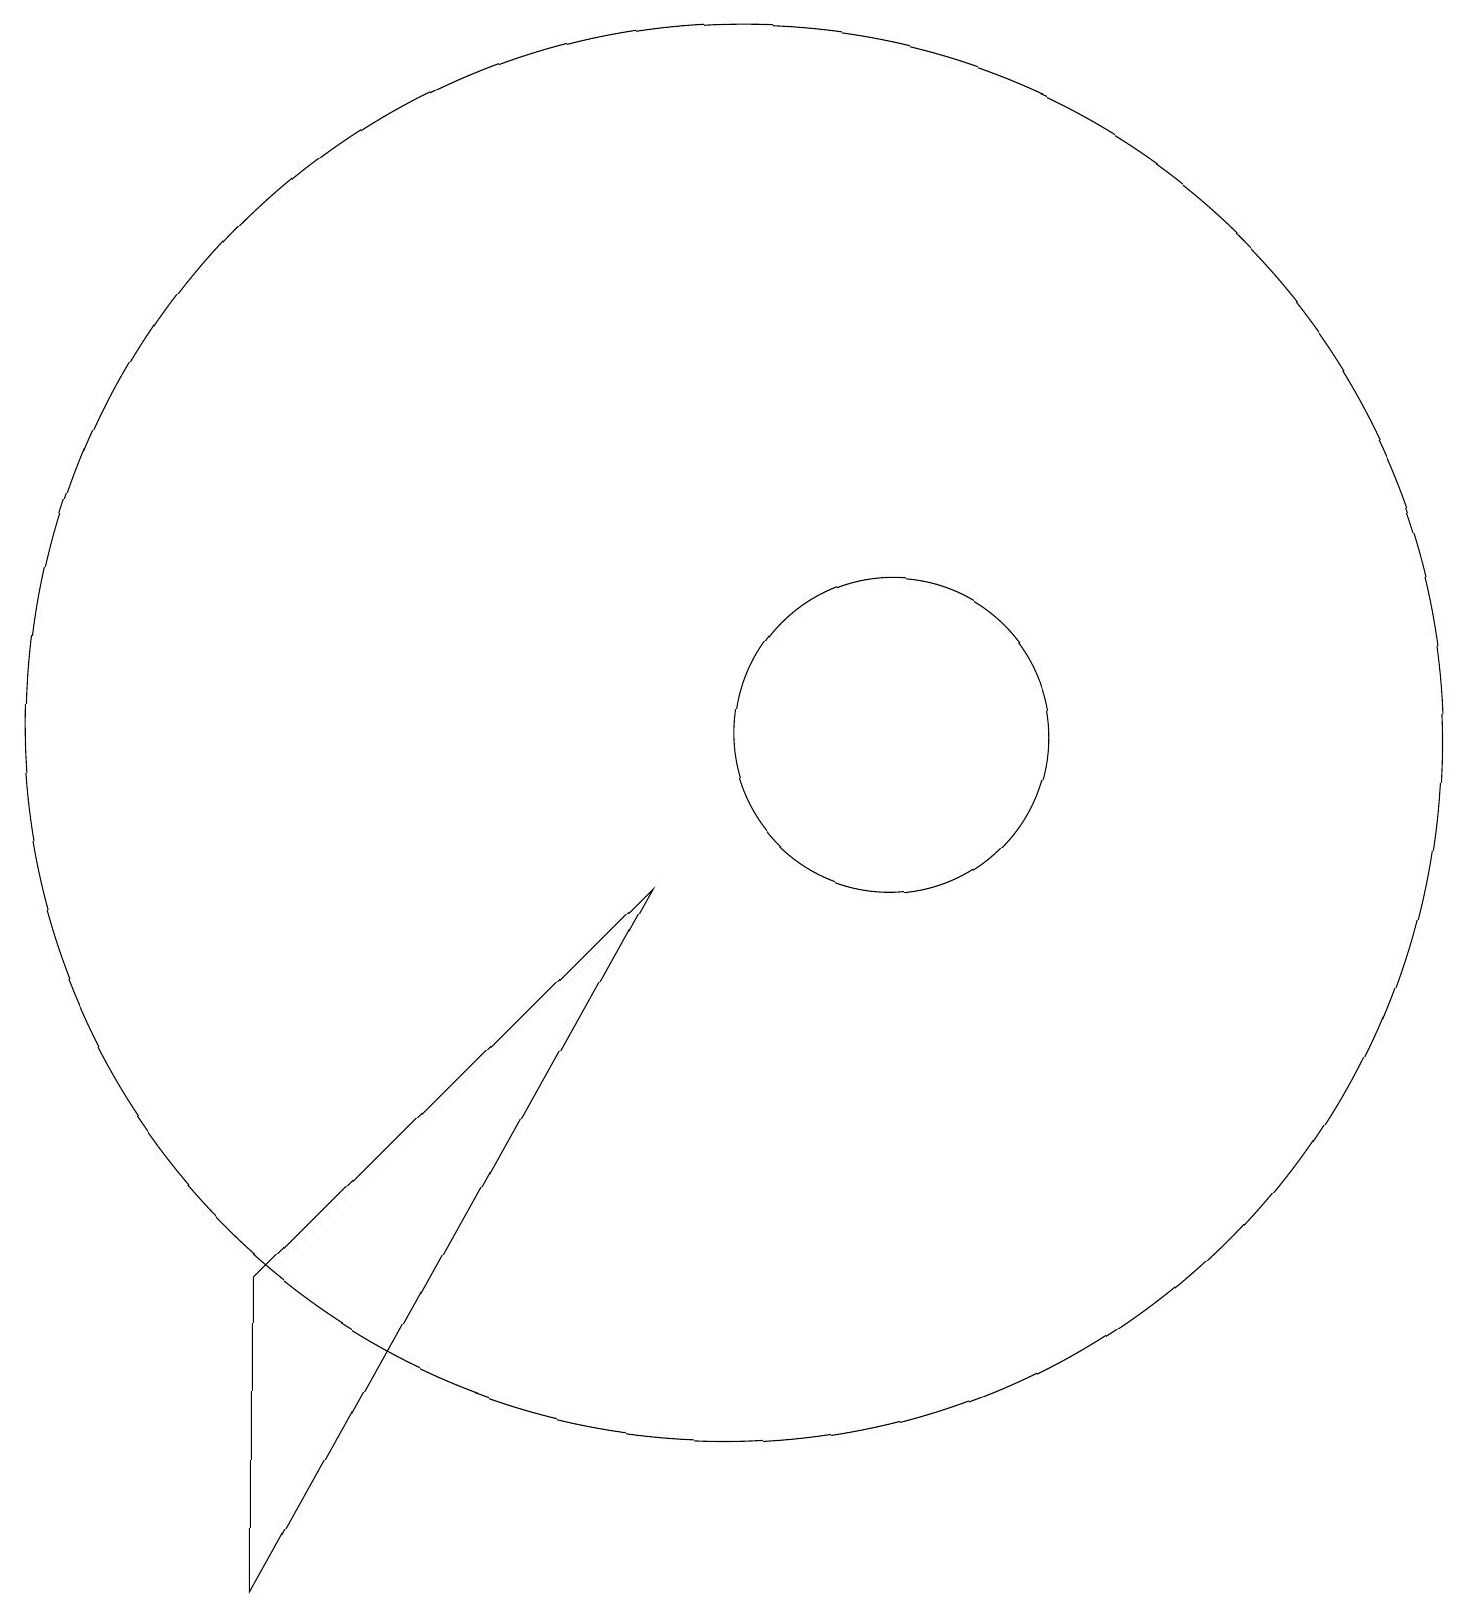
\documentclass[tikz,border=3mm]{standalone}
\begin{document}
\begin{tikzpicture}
\draw (9,9) -- (4,0) -- (4,4) -- cycle;
\draw (10,11) circle (9);
\draw (12,11) circle (2);
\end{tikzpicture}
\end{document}